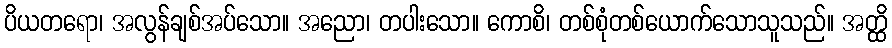
ပိယတရော၊ အလွန်ချစ်အပ်သော။ အညော၊ တပါးသော။ ကောစိ၊ တစ်စုံတစ်ယောက်သောသူသည်။ အတ္ထိ